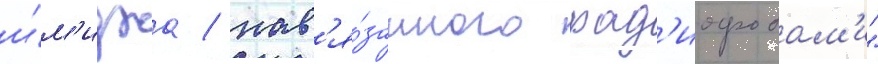
и́м'иджа / нав'я́занного рад'иофобам'и"